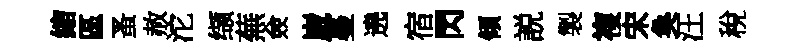
縮區蚤赦沱缬蕪僉崴蔓遶宿閃傾説製複宋奐汪稅